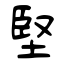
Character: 堅